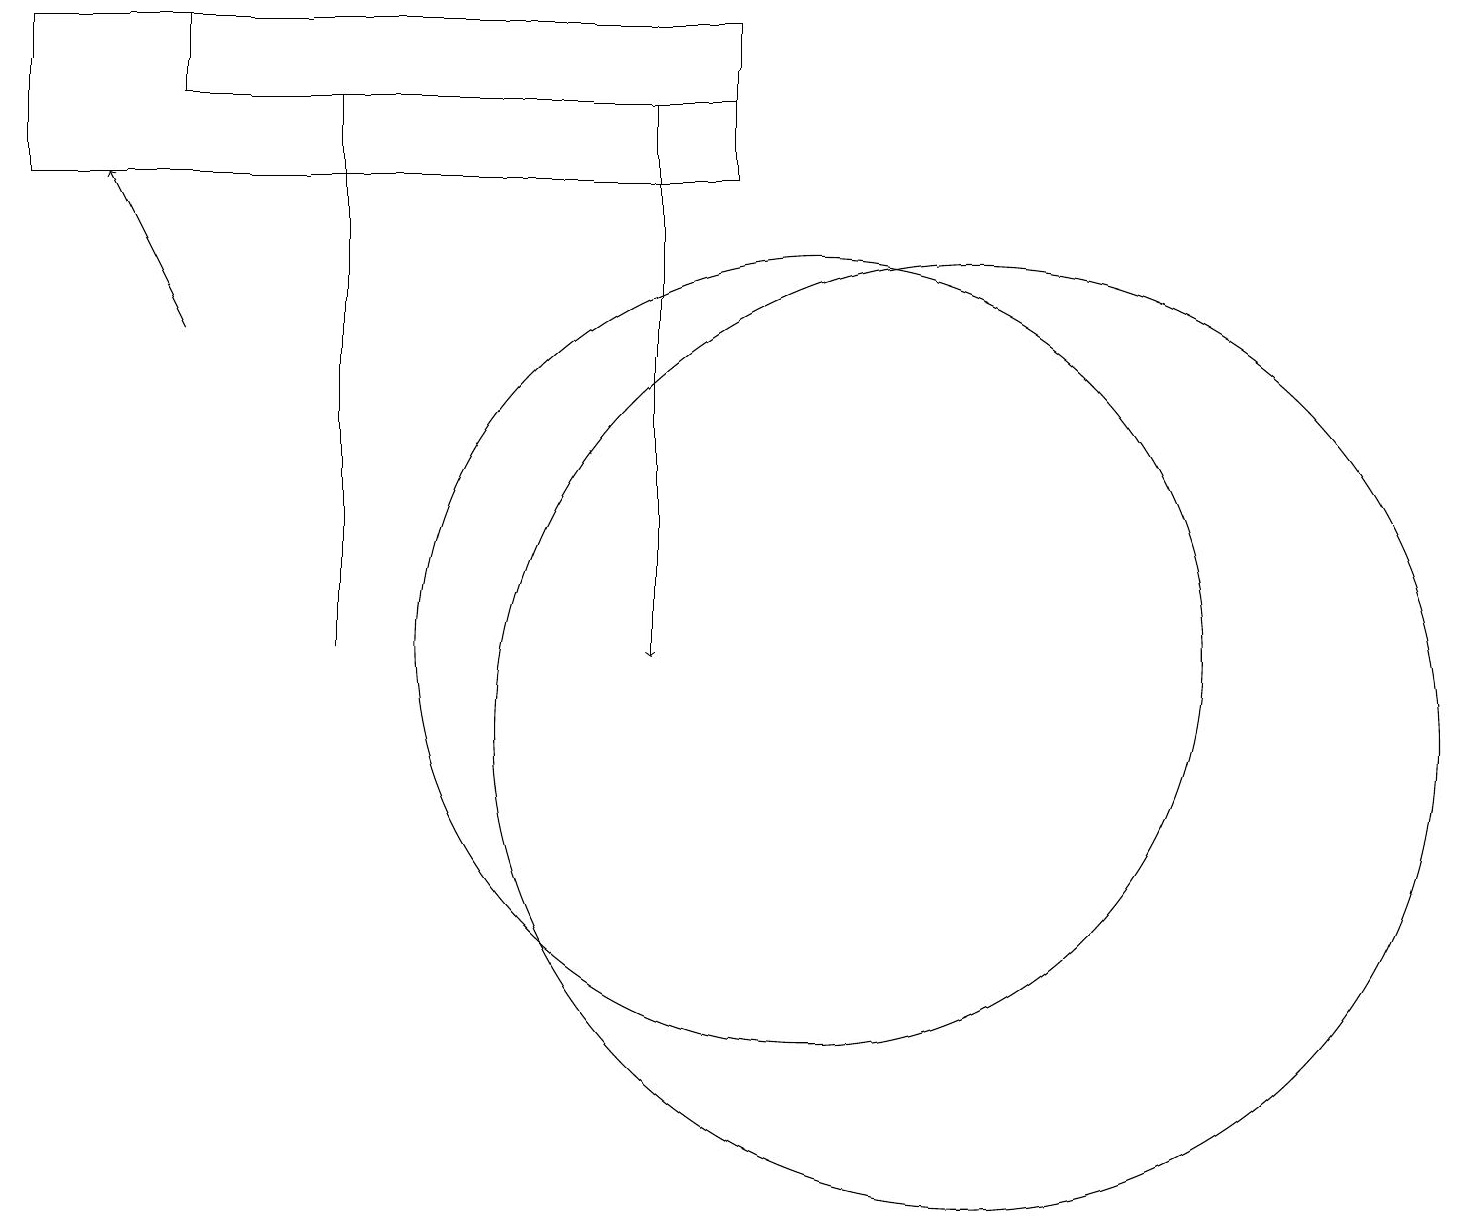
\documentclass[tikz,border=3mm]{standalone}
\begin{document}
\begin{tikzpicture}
\draw (9,17) rectangle (0,19);
\draw (10,11) circle (5);
\draw (12,10) circle (6);
\draw (4,11) rectangle (4,18);
\draw[->] (8,18) -- (8,11);
\draw (2,19) rectangle (9,18);
\draw[->] (2,15) -- (1,17);
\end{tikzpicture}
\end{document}